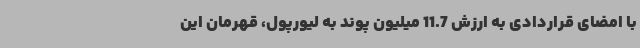
با امضای قراردادی به ارزش 11.7 میلیون پوند به لیورپول، قهرمان این